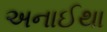
અનાઈથા